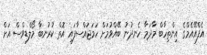
އެފްއޭއެމްގެ އިންތިހާބް މާދަމާ ހެނދުނު ބޭއްވުމަށް ހަމަޖައްސާފައި އޮތް ކުރުނބާ މޯލްޑިވްސް އަށް